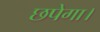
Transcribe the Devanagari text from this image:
छपेगा।